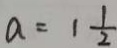
a = 1 \frac { 1 } { 2 }